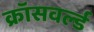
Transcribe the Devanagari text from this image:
क्रॉसवर्ल्ड